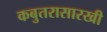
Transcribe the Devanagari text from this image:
कबुतरासारखी